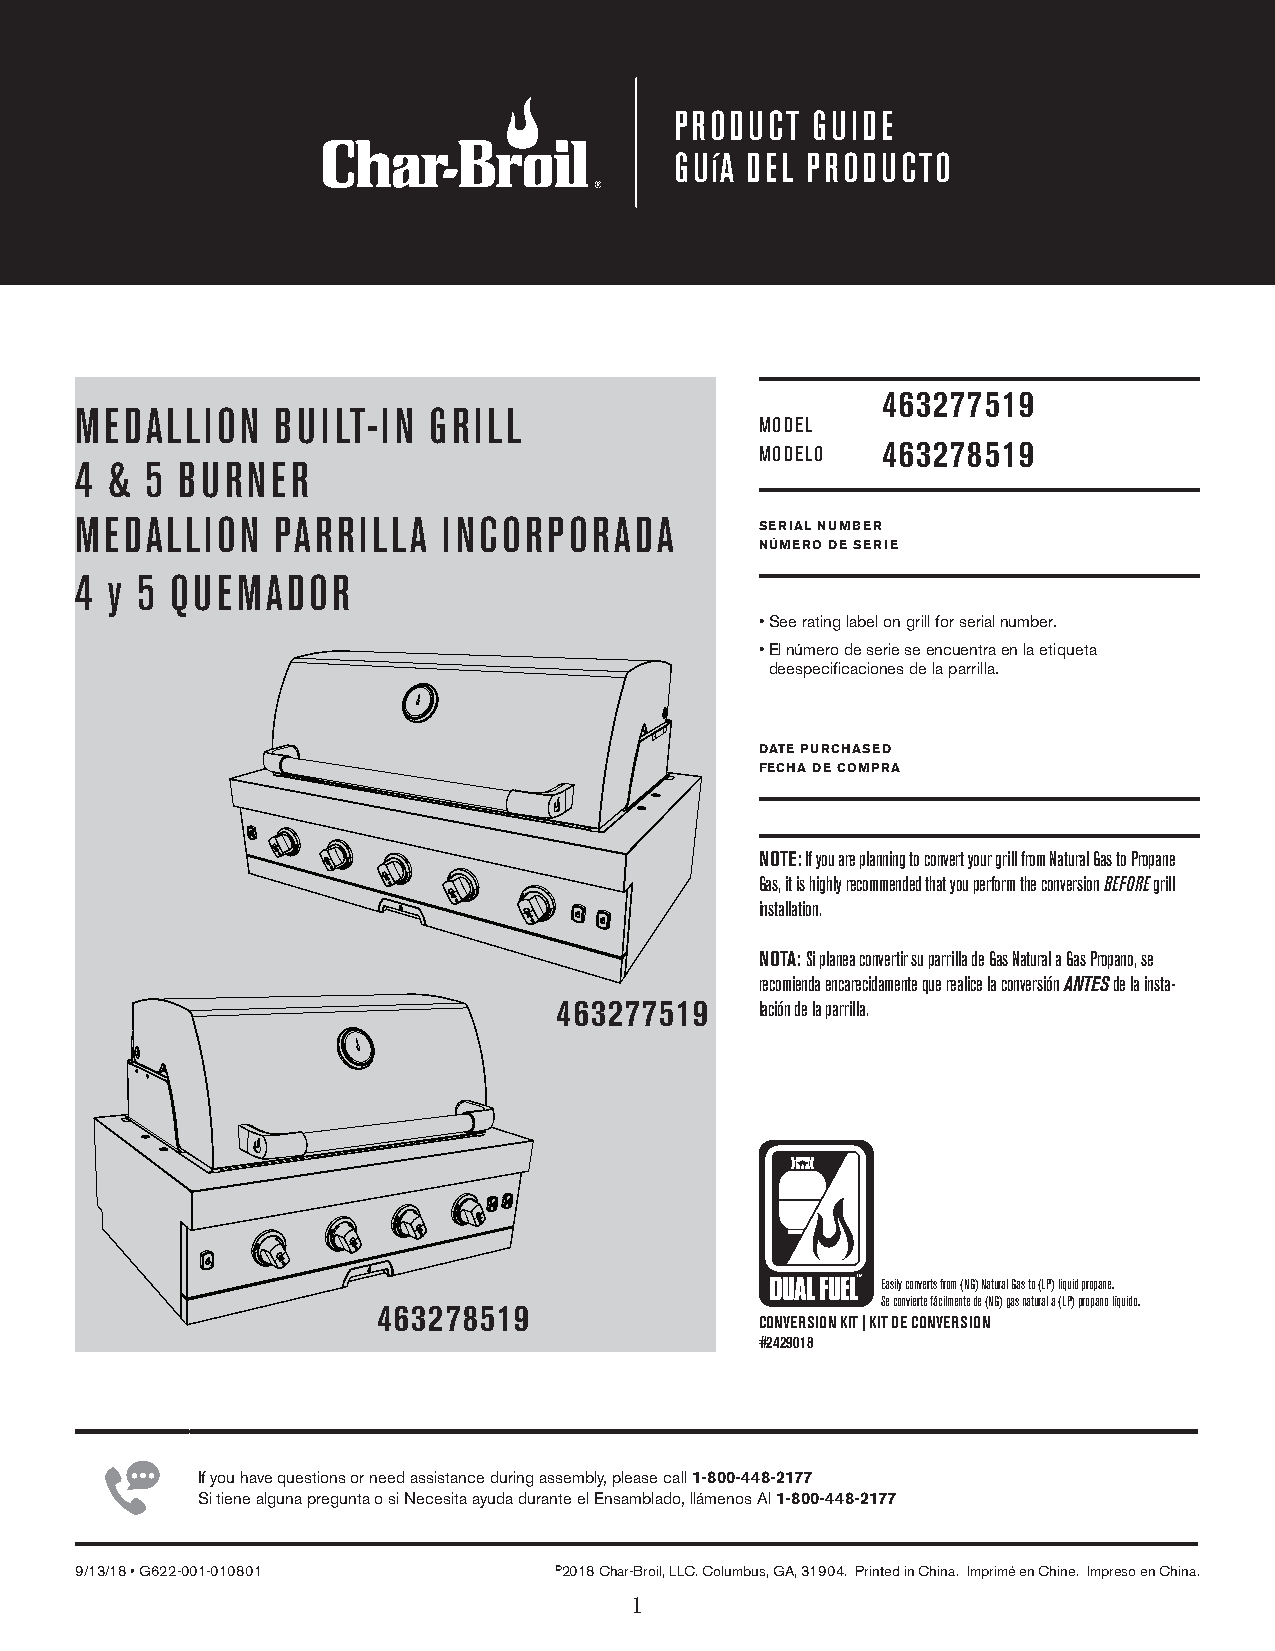
PRODUCT  GUIDE
 GUíA DEL PRODUCTO
 463277519
 MEDALLION    BUILT-IN  GRILL
 MODEL
 463278519
 MODELO
 4 &  5 BURNER
 MEDALLION    PARRILLA   INCORPORADA
 SERIAL NUMBER
 NÚMERO DE SERIE
 4 y 5 QUEMADOR
 • See rating label on grill for serial number.
 • El número de serie se encuentra en la etiqueta
 deespecificaciones de la parrilla.
 DATE PURCHASED
 FECHA DE COMPRA
 NOTE: If you are planning to convert your grill from Natural Gas to Propane
 Gas, it is highly recommended that you perform the conversion BEFORE grill
 installation.
 NOTA: Si planea convertir su parrilla de Gas Natural a Gas Propano, se
 recomienda encarecidamente que realice la conversión ANTES de la insta-
 463277519    lación de la parrilla.
 Easily converts from (NG) Natural Gas to (LP) liquid propane.
 Se convierte fácilmente de (NG) gas natural a (LP) propano líquido.
 463278519
 CONVERSION KIT | KIT DE CONVERSION
 #2429018
 If you have questions or need assistance during assembly, please call 1-800-448-2177
 Si tiene alguna pregunta o si Necesita ayuda durante el Ensamblado, llámenos Al 1-800-448-2177
 9/13/18 • G622-001-010801       ©2018 Char-Broil, LLC. Columbus, GA, 31904. Printed in China. Imprimé en Chine. Impreso en China.
 1